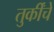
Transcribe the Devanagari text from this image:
तुर्कींचे